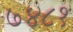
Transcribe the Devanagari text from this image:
७४८१